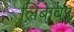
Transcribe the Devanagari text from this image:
लिंबावर